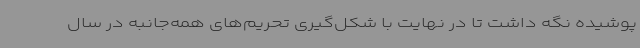
پوشیده نگه داشت تا در نهایت با شکل‌گیری تحریم‌های همه‌جانبه در سال